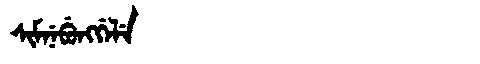
Manchu: ᠰᡳᠮᠨᡝᠪᡠᠩᡤᡝᠯᡝ
Romanization: SIMNEBUNGGELE